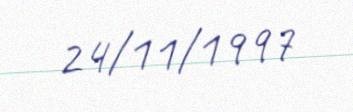
24/11/1997